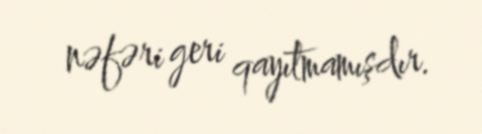
nəfəri geri qayıtmamışdır.